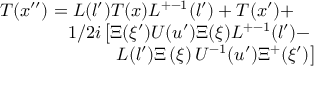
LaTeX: \begin{array} { l } { { T ( x ^ { \prime \prime } ) = L ( l ^ { \prime } ) T ( x ) L ^ { + - 1 } ( l ^ { \prime } ) + T ( x ^ { \prime } ) + } } \\ { { \phantom { T ( x ^ { \prime \prime } ) = } 1 / 2 i \left[ \Xi ( \xi ^ { \prime } ) U ( u ^ { \prime } ) \Xi ( \xi ) L ^ { + - 1 } ( l ^ { \prime } ) - \right. } } \\ { { \phantom { T ( x ^ { \prime \prime } ) = a s d f } \left. L ( l ^ { \prime } ) \Xi \left( \xi \right) U ^ { - 1 } ( u ^ { \prime } ) \Xi ^ { + } ( \xi ^ { \prime } ) \right] } } \end{array}